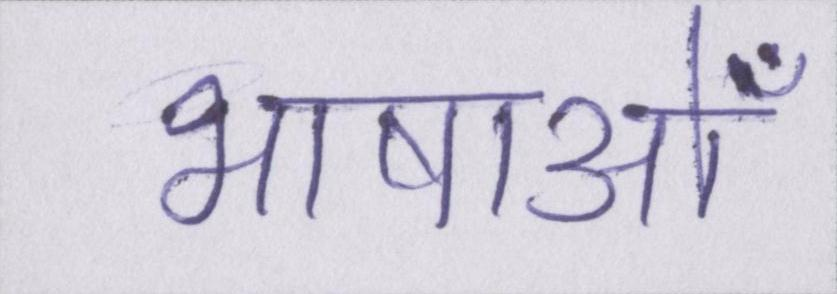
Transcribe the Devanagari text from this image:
भाषाओँ